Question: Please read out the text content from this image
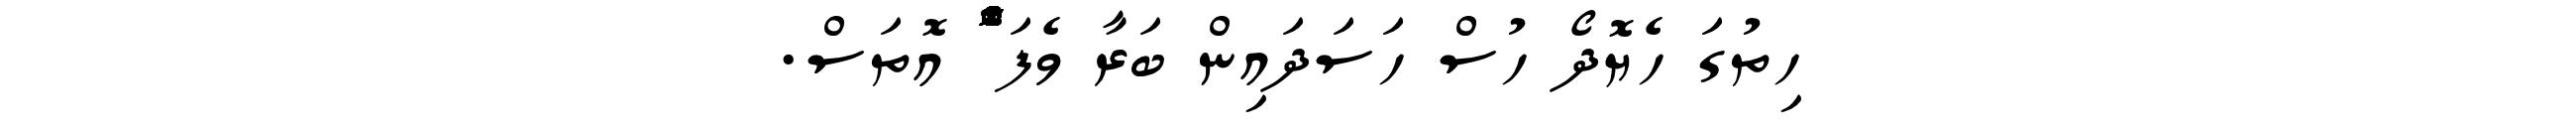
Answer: ހިތުގަ ހެޔޮދޯ ހުސް ހަސަދައިން ބަރާ ވެފަ ްްްްްްްްޮްްްްްްްްްްްްްްްްޮްްްްްްްްްްްްްްްްޮްްްްްްްްްްްްްްްްޮްްްް އޮތަސް.